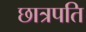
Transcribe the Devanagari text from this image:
छात्रपति